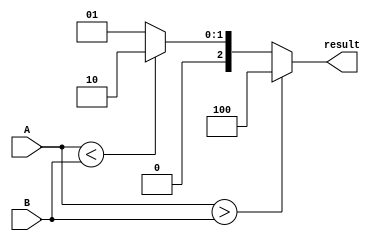
module ParameterizedComparator #(
    parameter N = 8  // Default bit width is set to 8 bits
) (
    input  [N-1:0] A,  // Input A
    input  [N-1:0] B,  // Input B
    output reg [2:0] result  // Output: [A>B, A<B, A==B]
);

// Always block to compare A and B
always @(*) begin
    if (A > B) begin
        result = 3'b100;  // A is greater than B
    end else if (A < B) begin
        result = 3'b010;  // A is less than B
    end else begin
        result = 3'b001;  // A is equal to B
    end
end

endmodule